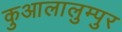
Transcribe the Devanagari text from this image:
कुआलालुम्पुर